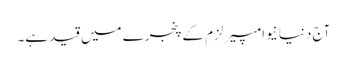
آج دنیا نیوامپیرلزم کے پنجرے میں قید ہے۔